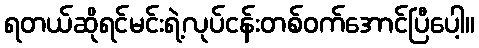
ရတယ်ဆိုရင်မင်းရဲ့လုပ်ငန်းတစ်ဝက်အောင်ပြီပေါ့။